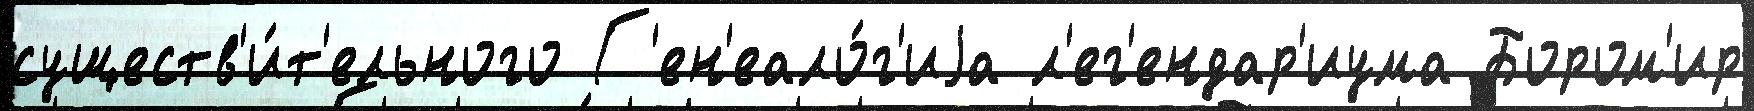
существ'и́т'ельного Г'ен'еало́г'иjа л'ег'ендар'иума Бором'ир